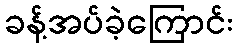
ခန့်အပ်ခဲ့ကြောင်း